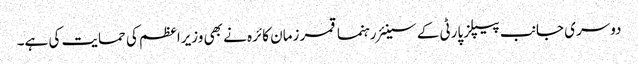
دوسری جانب پیپلز پارٹی کے سینئر رہنما قمر زمان کائرہ نے بھی وزیراعظم کی حمایت کی ہے۔